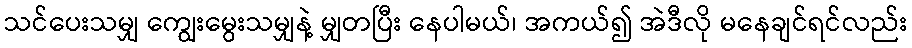
သင်ပေးသမျှ ကျွေးမွေးသမျှနဲ့ မျှတပြီး နေပါမယ်၊ အကယ်၍ အဲဒီလို မနေချင်ရင်လည်း